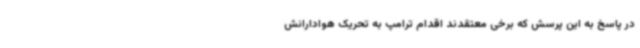
در پاسخ به این پرسش که برخی معتقدند اقدام ترامپ به تحریک هوادارانش